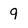
Character: 9